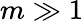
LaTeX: m\gg 1